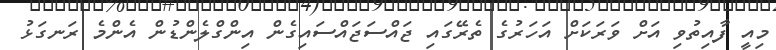
މިއީ ފާއިތުވި އަށް ވަރަކަށް އަހަރުގެ ތެރޭގައި ޖައްސަޖައްސައިގެން އިންގްލެންޑުން އެންމެ ރަނގަޅު